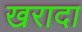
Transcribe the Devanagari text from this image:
खरादा